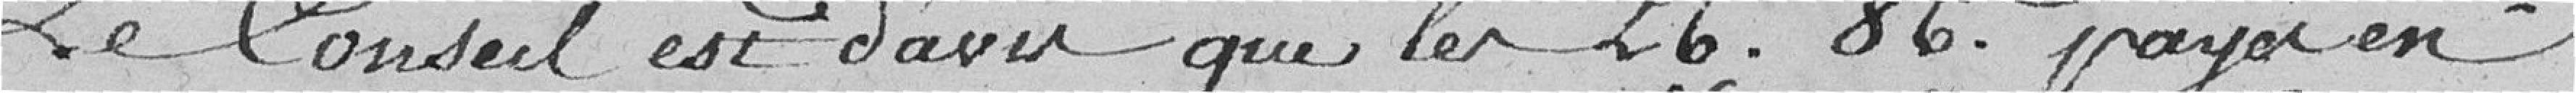
Le Conseil est d'avis que les 26,86 francs payés en